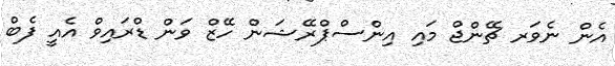
އެން ނެވަރ ޗޭންޖް މައި އިންސްޕްރޭޝަން ހޭޒް ވަން ޑްރައިވް އެއީ ފެބް